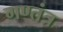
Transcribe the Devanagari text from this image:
गण्तंत्र